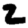
Digit: 2